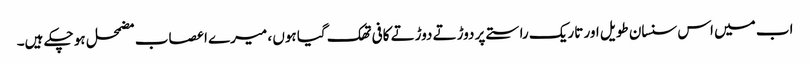
اب میں اس سنسان طویل اور تاریک راستے پر دوڑتے دوڑتے کافی تھک گیا ہوں ، میرے اعصاب مضمحل ہو چکے ہیں۔